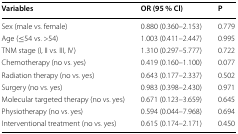
<table><thead><tr><td><b>Variables</b></td><td><b>OR (95 % Cl)</b></td><td><b>P</b></td></tr></thead><tbody><tr><td>Sex (male vs. female)</td><td>0.880 (0.360–2.153)</td><td>0.779</td></tr><tr><td>Age (≤54 vs. &gt;54)</td><td>1.003 (0.411–2.447)</td><td>0.995</td></tr><tr><td>TNM stage (I, II vs. III, IV)</td><td>1.310 (0.297–5.777)</td><td>0.722</td></tr><tr><td>Chemotherapy (no vs. yes)</td><td>0.419 (0.160–1.100)</td><td>0.077</td></tr><tr><td>Radiation therapy (no vs. yes)</td><td>0.643 (0.177–2.337)</td><td>0.502</td></tr><tr><td>Surgery (no vs. yes)</td><td>0.983 (0.398–2.430)</td><td>0.971</td></tr><tr><td>Molecular targeted therapy (no vs. yes)</td><td>0.671 (0.123–3.659)</td><td>0.645</td></tr><tr><td>Physiotherapy (no vs. yes)</td><td>0.594 (0.044–7.968)</td><td>0.694</td></tr><tr><td>Interventional treatment (no vs. yes)</td><td>0.615 (0.174–2.171)</td><td>0.450</td></tr></tbody></table>